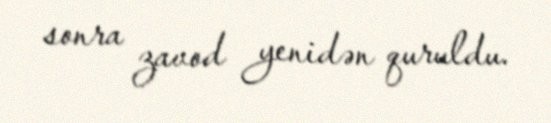
sonra zavod yenidən quruldu.